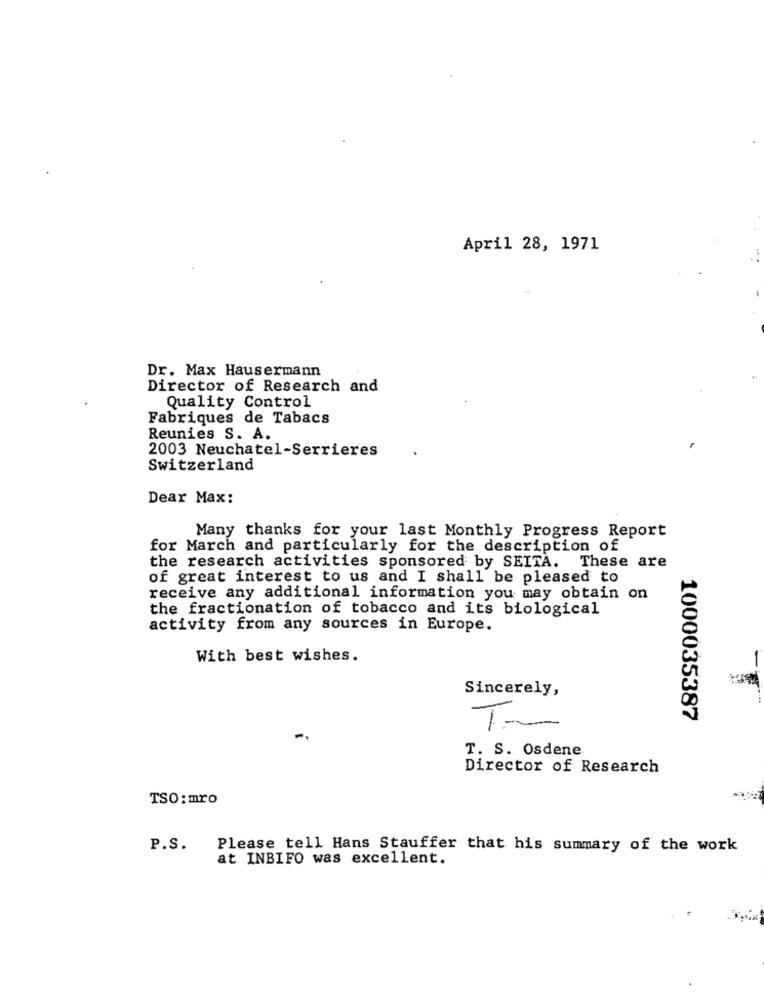
April 28, 1971
Dr. Max Hausermann
Director of Research and
Quality Control
Fabriques de Tabacs
Reunies S. A.
2003 Neuchatel-Serrieres
Switzerland
Dear Max:
Many thanks for your last Monthly Progress Report
for March and particularly for the description of
the research activities sponsored by SEITA. These are
of great interest to us and I shall be pleased to
receive any additional information you may obtain on
the fractionation of tobacco and its biological
activity from any sources in Europe.
With best wishes.
Sincerely,
1000035387
1
T. S. Osdene
Director of Research
TSO: mro
P.S.
Please tell Hans Stauffer that his summary of the work
at INBIFO was excellent.